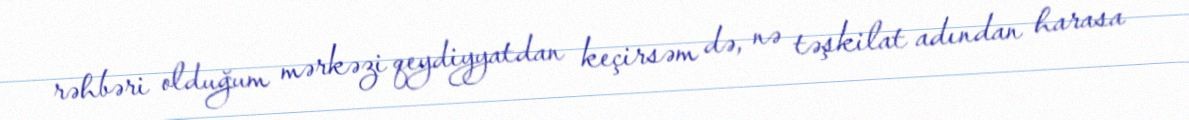
rəhbəri olduğum mərkəzi qeydiyyatdan keçirsəm də, nə təşkilat adından harasa